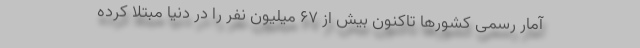
آمار رسمی کشورها تاکنون بیش از ۶۷ میلیون نفر را در دنیا مبتلا کرده